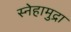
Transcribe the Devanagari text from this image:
स्नेहामुद्रा